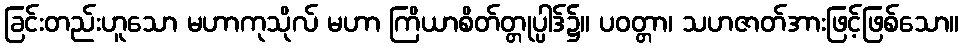
ခြင်းတည်းဟူသော မဟာကုသိုလ် မဟာ ကြိယာစိတ်တ္တုပ္ပါဒ်၌။ ပဝတ္တာ၊ သဟဇာတ်အားဖြင့်ဖြစ်သော။